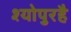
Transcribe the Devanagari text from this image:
श्योपुरहै